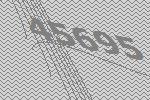
45695